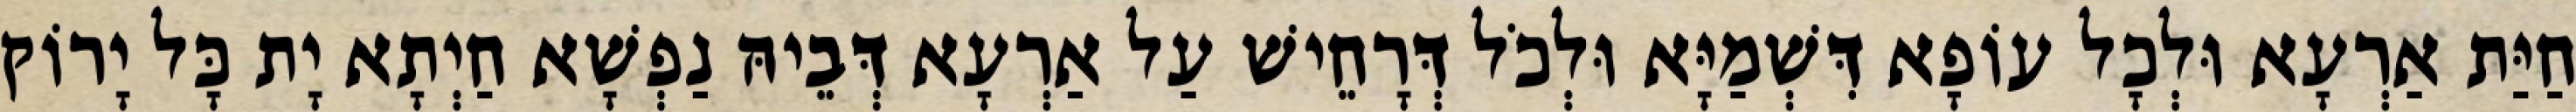
חַיַּת אַרְעָא וּלְכָל עוֹפָא דִּשְׁמַיָּא וּלְכֹל דְּרָחֵישׁ עַל אַרְעָא דְּבֵיהּ נַפְשָׁא חַיְתָא יָת כָּל יָרוֹק